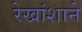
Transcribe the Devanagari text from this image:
रेखांशाने